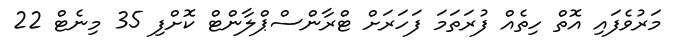
މަރުވެފައި އޮތް ހިތެއް ފުރަތަމަ ފަހަރަށް ޓްރާންސްޕްލާންޓް ކޮށްފި 35 މިނެޓް 22